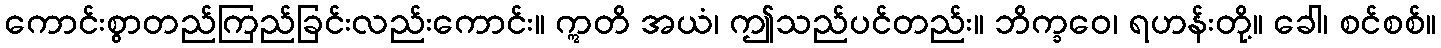
ကောင်းစွာတည်ကြည်ခြင်းလည်းကောင်း။ ဣတိ အယံ၊ ဤသည်ပင်တည်း။ ဘိက္ခဝေ၊ ရဟန်းတို့။ ခေါ၊ စင်စစ်။